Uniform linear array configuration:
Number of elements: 12
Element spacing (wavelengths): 0.75
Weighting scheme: hamming
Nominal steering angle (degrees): -30
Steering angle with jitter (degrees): -29.35
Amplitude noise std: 0.05
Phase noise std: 0.05

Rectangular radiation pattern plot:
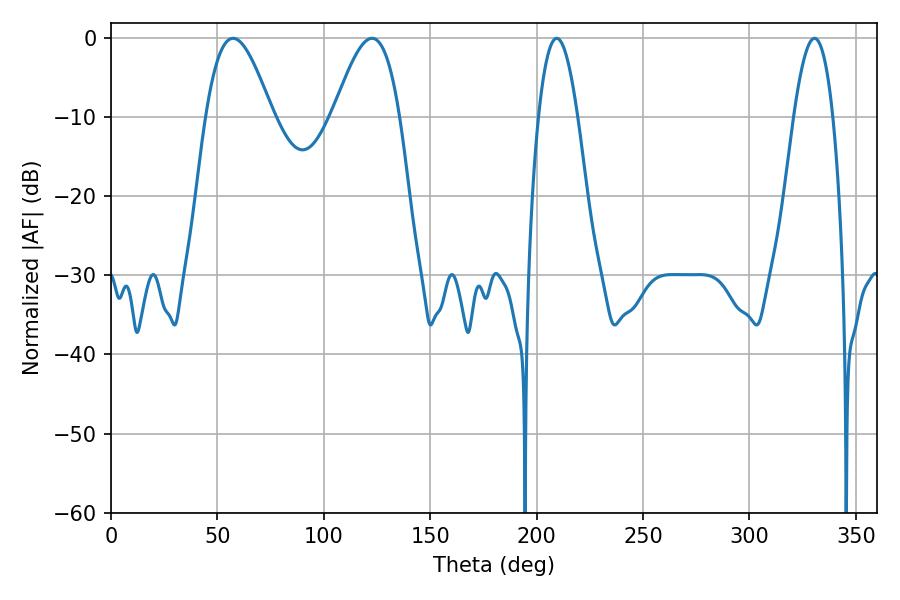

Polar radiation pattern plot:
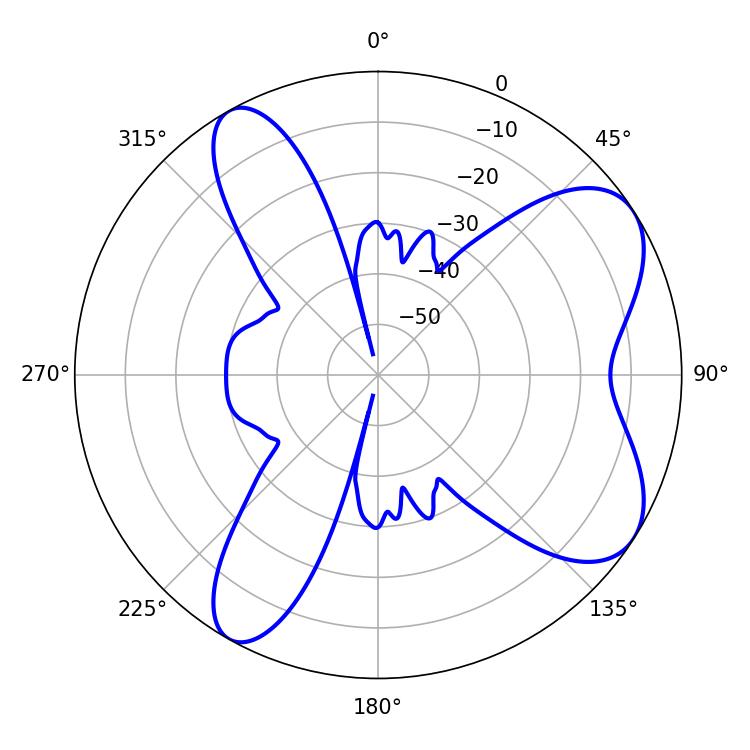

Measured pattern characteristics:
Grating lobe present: TRUE
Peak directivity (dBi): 7.277
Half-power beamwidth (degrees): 16.74
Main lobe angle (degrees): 122.58